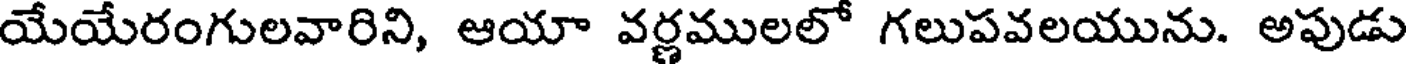
యేయేరంగులవారిని, ఆయా వర్ణములలో గలుపవలయును. అపుడు